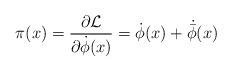
LaTeX: \begin{align*}\pi(x) = \frac{\partial {\cal L}}{\partial {\dot \phi}(x)} ={\dot \phi}(x) + {\dot {\bar \phi}}(x)\end{align*}